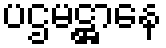
ပဌမဋ္ဌာနေ